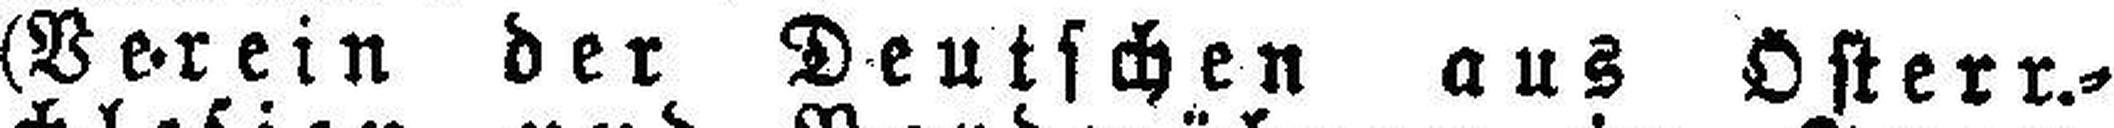
(Verein der Deutschen aus Österr.=